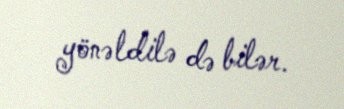
yönəldilə də bilər.